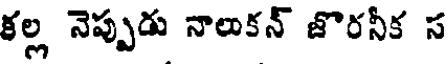
కల్ల నెప్పుడు నాలుకన్ జొరనీక స